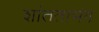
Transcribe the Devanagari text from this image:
शांतताभंग